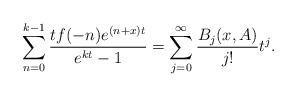
LaTeX: \begin{align*}\sum\limits_{n=0}^{k-1}\frac{tf(-n)e^{(n+x)t}}{e^{kt}-1}=\sum\limits_{j=0}^{\infty}\frac{B_{j}(x,A)}{j!}t^{j}.\end{align*}